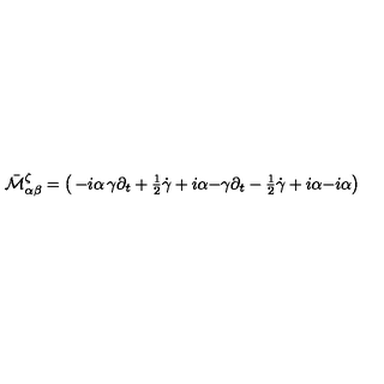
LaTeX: \bar { \cal M } _ { \alpha \beta } ^ { \zeta } = \left( \begin{matrix} { - i \alpha } & { \gamma \partial _ { t } + { \textstyle { \frac { 1 } { 2 } } } \dot { \gamma } + i \alpha } \\ { - \gamma \partial _ { t } - { \textstyle { \frac { 1 } { 2 } } } \dot { \gamma } + i \alpha } & { - i \alpha } \\ \end{matrix} \right)